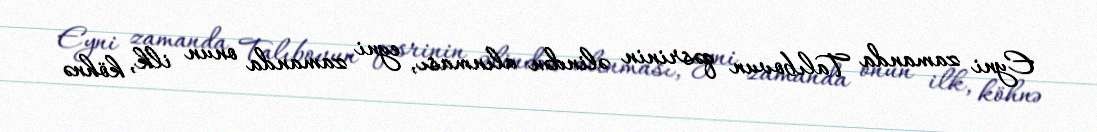
Eyni zamanda Talıbovun qəsrinin əlindən alınması, eyni zamanda onun ilk, köhnə